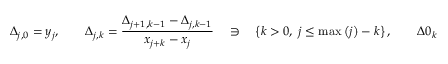
\Delta _ { j , 0 } = y _ { j } , \qquad \Delta _ { j , k } = { \frac { \Delta _ { j + 1 , k - 1 } - \Delta _ { j , k - 1 } } { x _ { j + k } - x _ { j } } } \quad \ni \quad \left\{ k > 0 , \; j \leq \operatorname* { m a x } \left( j \right) - k \right\} , \qquad \Delta 0 _ { k } = \Delta _ { 0 , k }